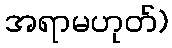
အရာမဟုတ်)